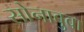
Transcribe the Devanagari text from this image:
सोनाबुवा